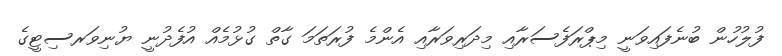
ފުލުހުން ބުނެފައިވަނީ މިޕްރަފެސަރާއި މިދަރިވަރާއި އެންމެ ފުރަތަމަ ގާތް ގުޅުމެއް އުފެދުނީ ޔުނިވަރސިޓީގެ